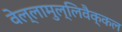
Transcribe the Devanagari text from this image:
वेल्लामुल्लिवैक्कल